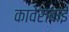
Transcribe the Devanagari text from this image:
कावेराबाई